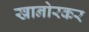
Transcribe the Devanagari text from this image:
खानोरकर